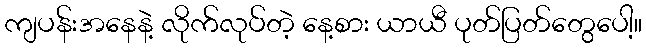
ကျပန်းအနေနဲ့ လိုက်လုပ်တဲ့ နေ့စား ယာယီ ပုတ်ပြတ်တွေပေါ့။